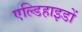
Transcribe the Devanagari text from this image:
एल्डिहाइडों